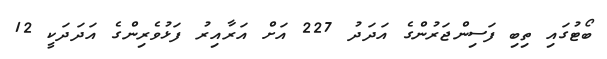
ބޯޓުގައި ތިބި ފަސިންޖަރުންގެ އަދަދު 227 އަށް އަރާއިރު ފަޅުވެރިންގެ އަދަދަކީ 12